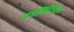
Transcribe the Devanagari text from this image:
एडमिरियल